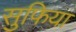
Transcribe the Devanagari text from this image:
सुफिया